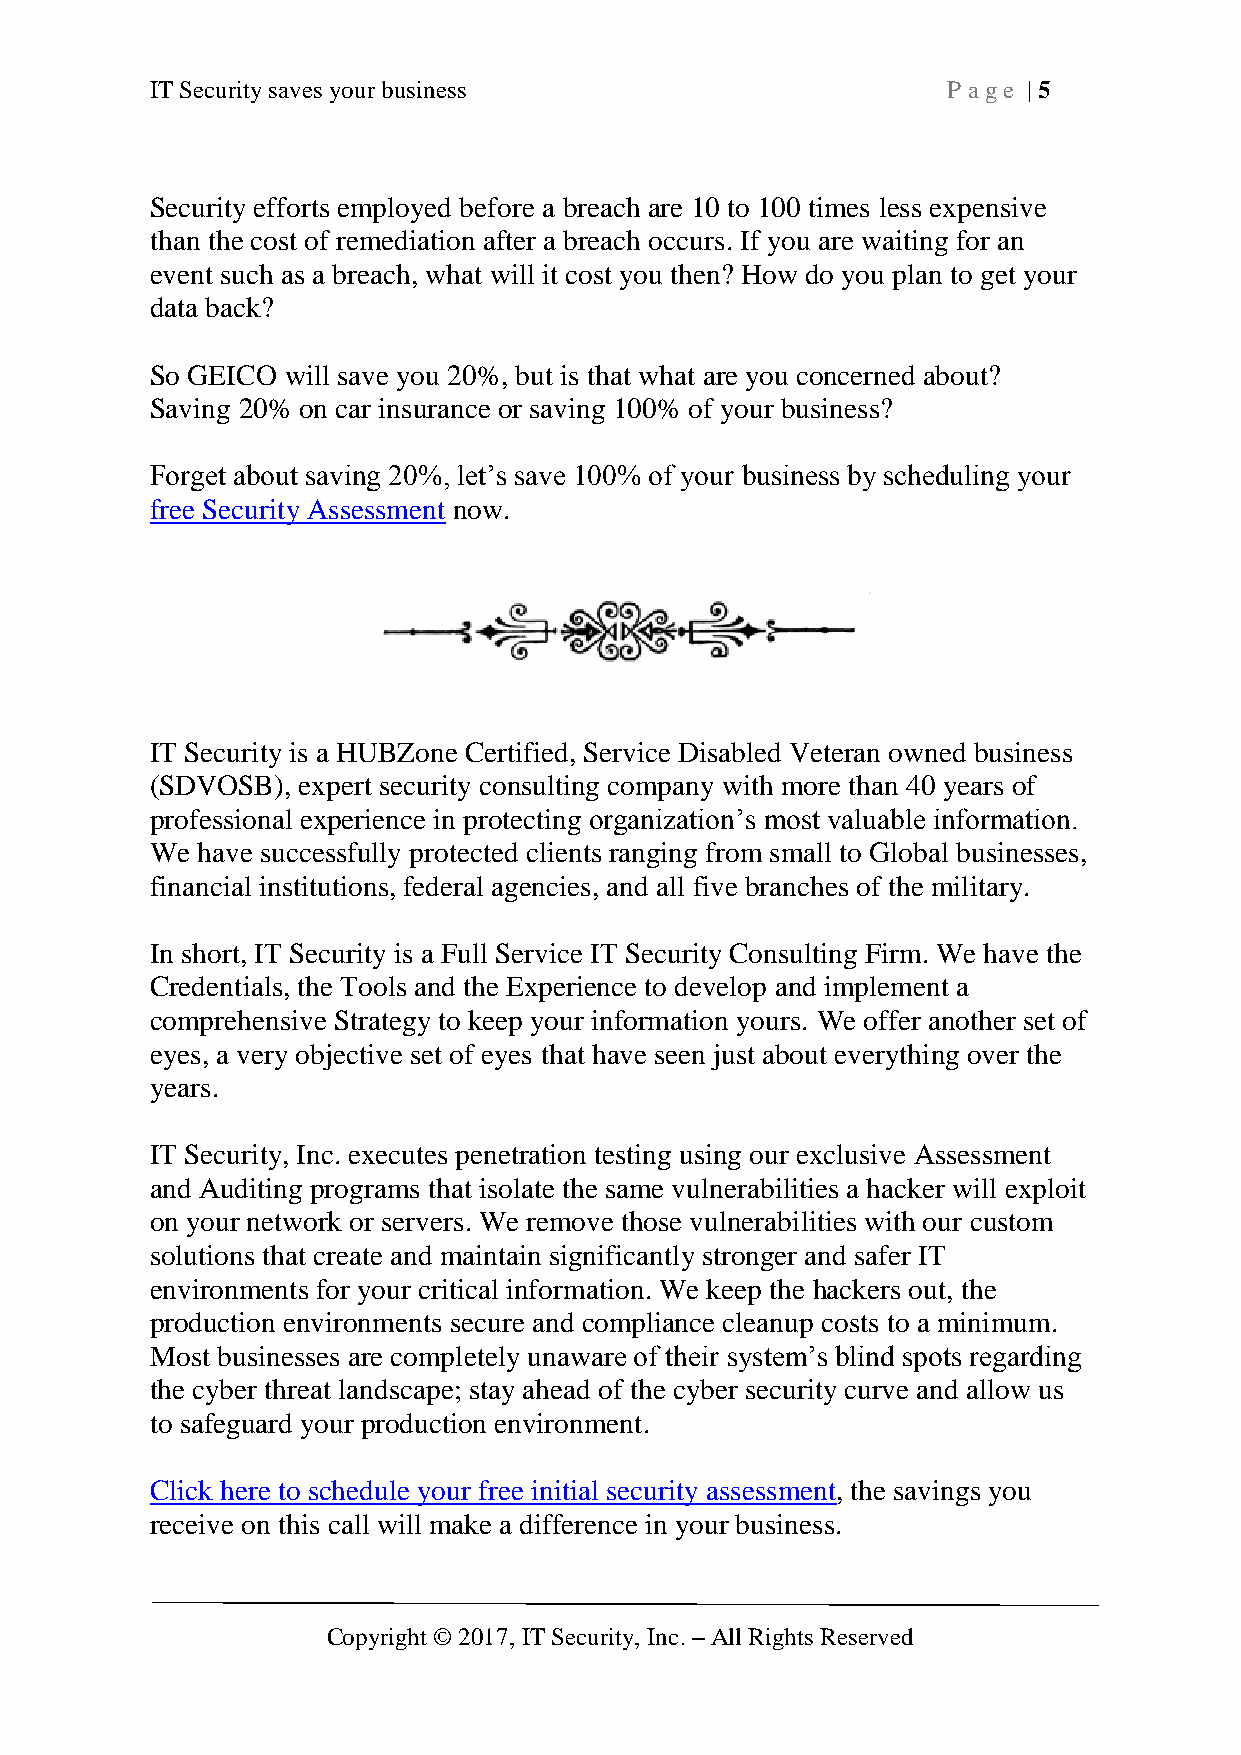
IT Security saves your business                      P age | 5
 Security efforts employed before a breach are 10 to 100 times less expensive
 than the cost of remediation after a breach occurs. If you are waiting for an
 event such as a breach, what will it cost you then? How do you plan to get your
 data back?
 So GEICO will save you 20%, but is that what are you concerned about?
 Saving 20% on car insurance or saving 100% of your business?
 Forget about saving 20%, let’s save 100% of your business by scheduling your
 free Security Assessment now.
 IT Security is a HUBZone Certified, Service Disabled Veteran owned business
 (SDVOSB), expert security consulting company with more than 40 years of
 professional experience in protecting organization’s most valuable information.
 We have successfully protected clients ranging from small to Global businesses,
 financial institutions, federal agencies, and all five branches of the military.
 In short, IT Security is a Full Service IT Security Consulting Firm. We have the
 Credentials, the Tools and the Experience to develop and implement a
 comprehensive Strategy to keep your information yours. We offer another set of
 eyes, a very objective set of eyes that have seen just about everything over the
 years.
 IT Security, Inc. executes penetration testing using our exclusive Assessment
 and Auditing programs that isolate the same vulnerabilities a hacker will exploit
 on your network or servers. We remove those vulnerabilities with our custom
 solutions that create and maintain significantly stronger and safer IT
 environments for your critical information. We keep the hackers out, the
 production environments secure and compliance cleanup costs to a minimum.
 Most businesses are completely unaware of their system’s blind spots regarding
 the cyber threat landscape; stay ahead of the cyber security curve and allow us
 to safeguard your production environment.
 Click here to schedule your free initial security assessment, the savings you
 receive on this call will make a difference in your business.
 Copyright © 2017, IT Security, Inc. – All Rights Reserved